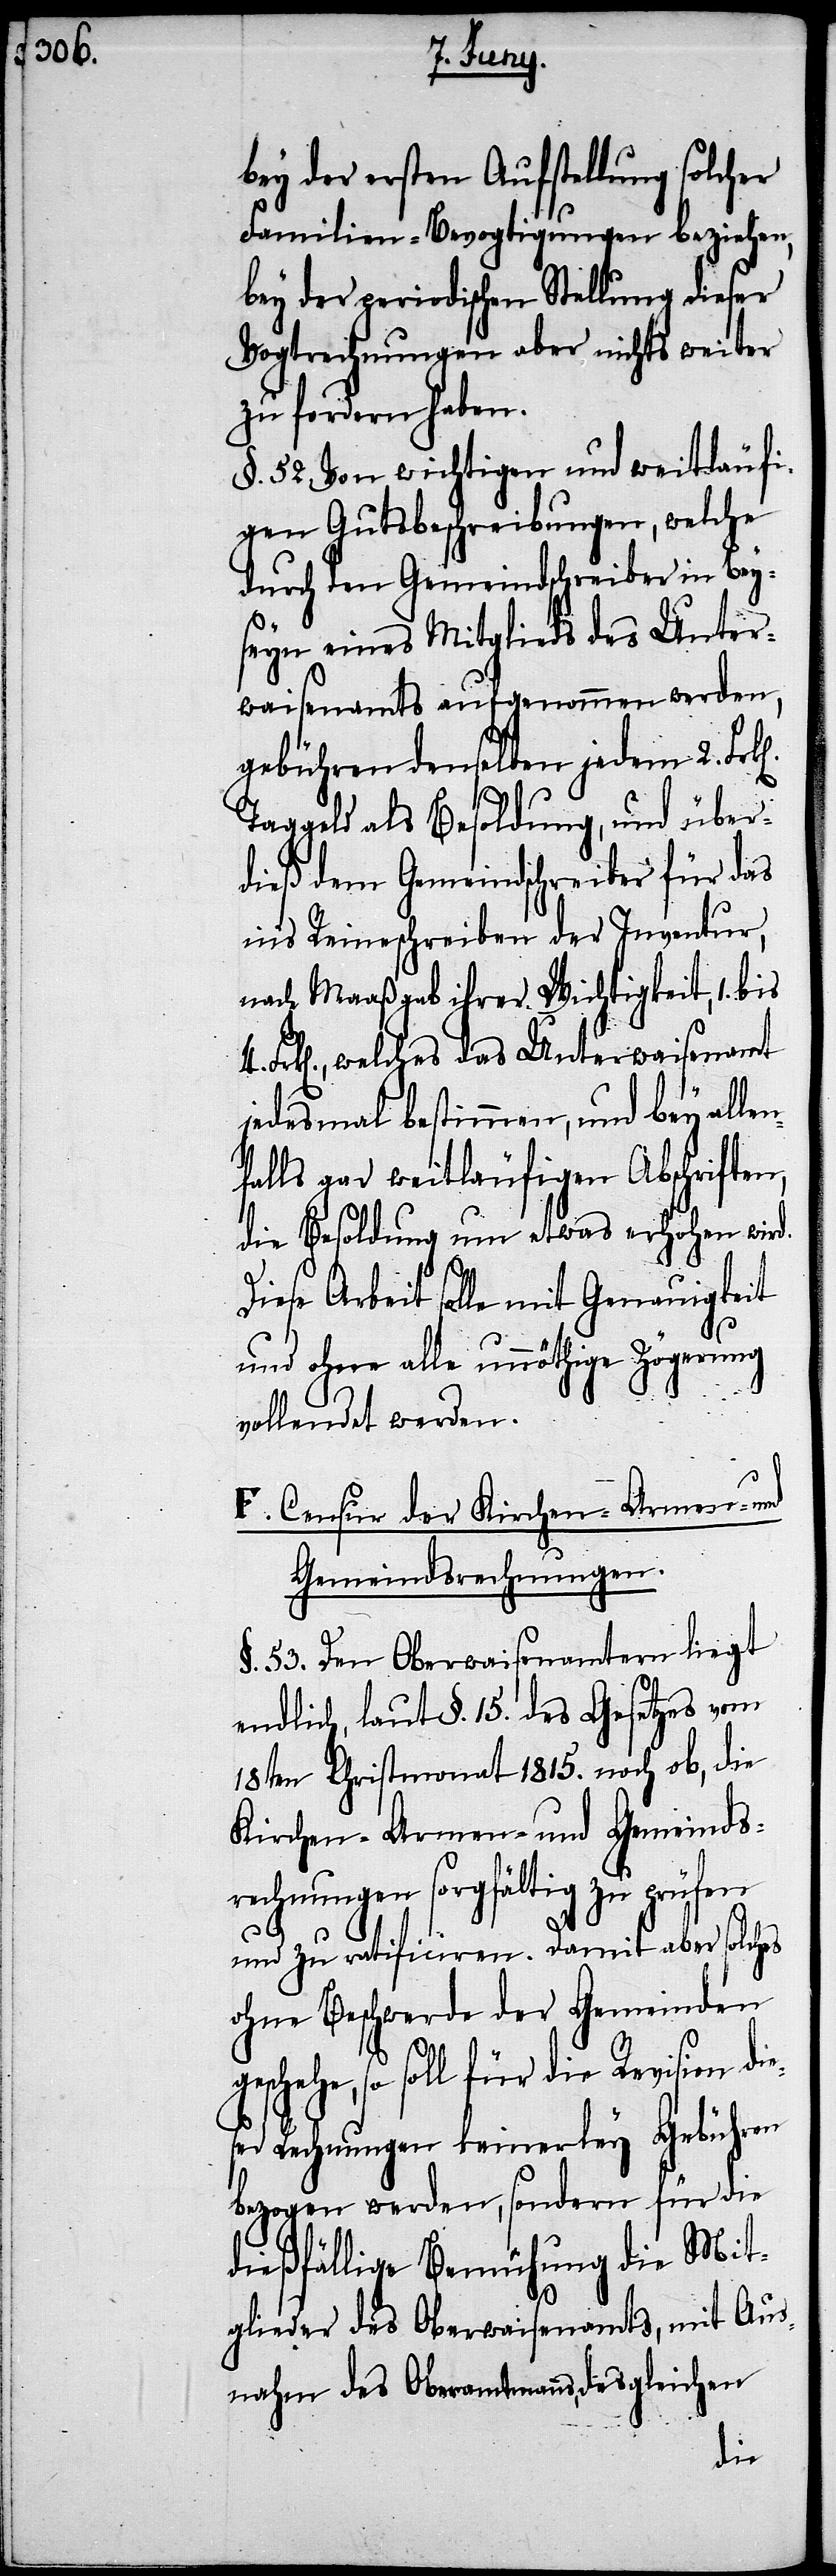
bey der ersten Aufstellung solcher
Familien-Bevogtigungen beziehen,
bey der periodischen Stellung dieser
Vogtrechnungen aber nichts weiter
zu fordern haben.
§. 52. Von wichtigen und weitläufi¬
gen Gutsbeschreibungen, welche
durch den Gemeindschreiber in Bey¬
seyn eines Mitglieds des Unter¬
waisenamts aufgenommen werden,
gebühren denselben jedem 2.
Taggeld als Besoldung, und über¬
dieß dem Gemeindschreiber für da¬
s Reinschreiben der Inventur,
nach Maaßgab ihrer Wichtigkeit, 1. bis
Frk[en]., welches das Unterwaisenamt
jedesmal bestimmen, und bey alle¬
falls gar weitläufigen Abschriften,
die Besoldung um etwas erhöhen wird.
Diese Arbeit solle mit Genauigkeit
und ohne alle unnöthige Zögerung
vollendet werden.
F. Censur der Kirchen- Armen- und
Gemeindsrechnungen.
§. 53. Den Oberwaisenamtern liegt
endlich, laut §. 15. des Gesetzes vom
18ten Christmonat 1815. noch ob, die
Kirchen- Armen und Gemeinds¬
rechnungen sorgfältig zu prüfen
und zu ratificiren. Damit aber solches
ohne Beschwerde der Gemeinden
schehe, so soll für die Revision die¬
ser Rechnungen keinerley Gebühren
bezogen werden, sondern für die
dießfällige Bemühung die Mit¬
glieder des Oberwaisenamts, mit Aus¬
nahm des Oberamtmanns, desgleichen
ge¬